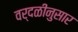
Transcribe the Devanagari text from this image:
वर्दळीनुसार